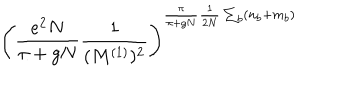
\left( \frac { e ^ { 2 } N } { \pi + g N } \frac { 1 } { ( M ^ { ( 1 ) } ) ^ { 2 } } \right) ^ { \frac { \pi } { \pi + g N } \frac { 1 } { 2 N } \sum _ { b } ( n _ { b } + m _ { b } ) }